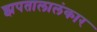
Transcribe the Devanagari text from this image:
झपतालालंकार